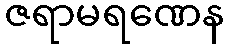
ဇရာမရဏေန